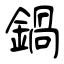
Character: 鍋